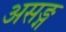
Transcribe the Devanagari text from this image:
असङ्ग